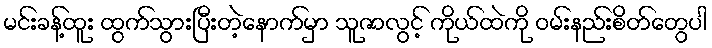
မင်းခန့်ထူး ထွက်သွားပြီးတဲ့နောက်မှာ သူဇာလွင့် ကိုယ်ထဲကို ဝမ်းနည်းစိတ်တွေပါ